Kominterni_Eesti_sektsioon_Moskvas, lk 9
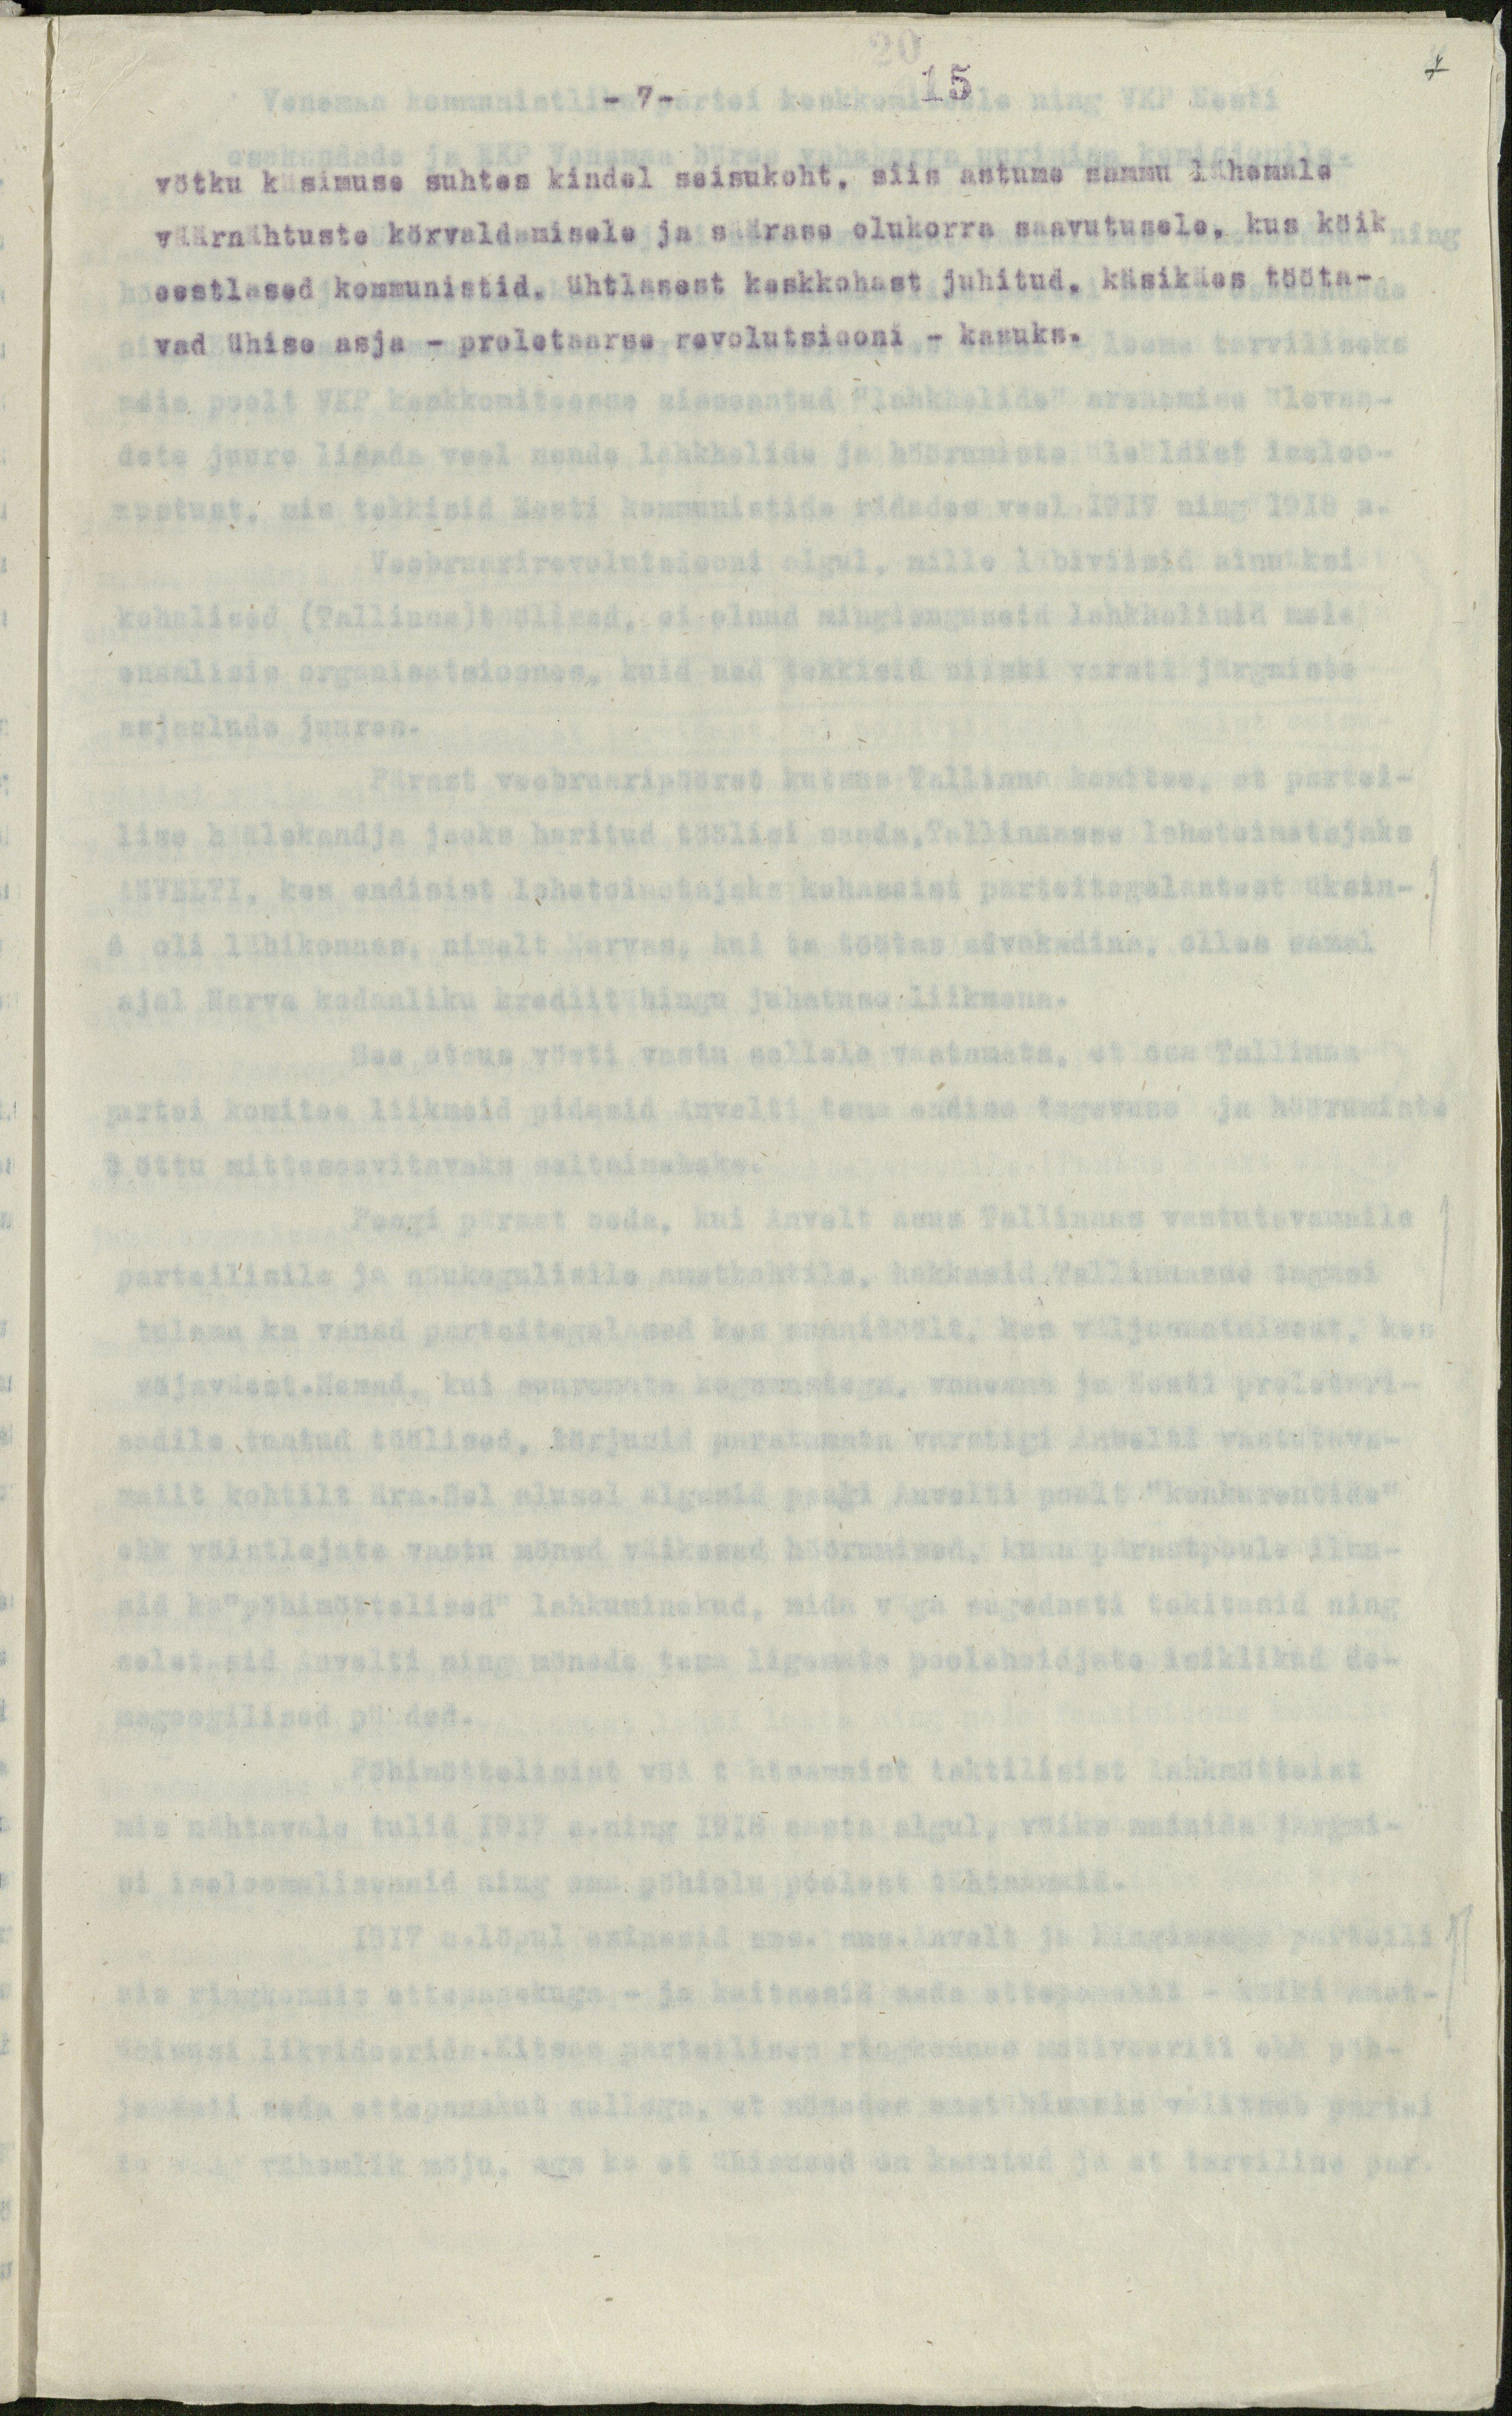
7

- 7 -
15
vötku küsimuse suhtes kindel seisukoht, siis astume sammu lähemale
väärnähtuste körvaldamisele ja säärase olukorra saavutusele, kus köik
eestlased kommunistid, ühtlasest keskkohast juhitud, käsikäes tööta-
vad ühise asja - proletaarse revolutsiooni - kasuks.